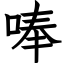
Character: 唪